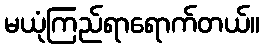
မယုံကြည်ရာရောက်တယ်။